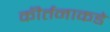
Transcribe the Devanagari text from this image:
कीर्तनाकडे